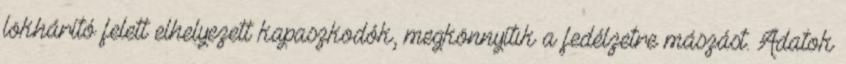
lökhárító felett elhelyezett kapaszkodók, megkönnyítik a fedélzetre mászást. Adatok